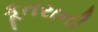
કૂતરાની